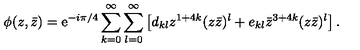
\phi ( z , \bar { z } ) = { \mathrm e } ^ { - i \pi / 4 } \sum _ { k = 0 } ^ { \infty } \sum _ { l = 0 } ^ { \infty } \left[ d _ { k l } z ^ { 1 + 4 k } ( z \bar { z } ) ^ { l } + e _ { k l } { \bar { z } } ^ { 3 + 4 k } ( z \bar { z } ) ^ { l } \right] .